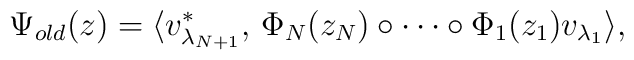
\Psi_{old} (z)= \langle v_{\lambda_{N+1}}^{\ast},\,\Phi_{N}(z_{N})\circ\cdots\circ\Phi_{1}(z_{1})v_{\lambda_{1}}\rangle,